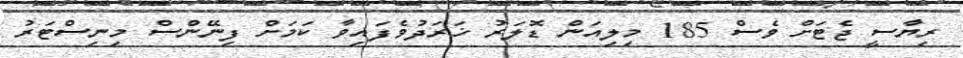
ރިޔާސީ ޖެޓަށް ވެސް 185 މިލިއަން ޑޮލަރު ޚަރަދުވެފައިވާ ކަމަށް ފިނޭންސް މިނިސްޓަރު